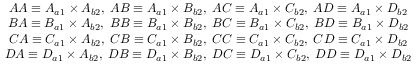
\begin{array} { c c } { A A \equiv A _ { a 1 } \times A _ { b 2 } , \; A B \equiv A _ { a 1 } \times B _ { b 2 } , \; A C \equiv A _ { a 1 } \times C _ { b 2 } , \; A D \equiv A _ { a 1 } \times D _ { b 2 } } \\ { B A \equiv B _ { a 1 } \times A _ { b 2 } , \; B B \equiv B _ { a 1 } \times B _ { b 2 } , \; B C \equiv B _ { a 1 } \times C _ { b 2 } , \; B D \equiv B _ { a 1 } \times D _ { b 2 } } \\ { C A \equiv C _ { a 1 } \times A _ { b 2 } , \; C B \equiv C _ { a 1 } \times B _ { b 2 } , \; C C \equiv C _ { a 1 } \times C _ { b 2 } , \; C D \equiv C _ { a 1 } \times D _ { b 2 } } \\ { D A \equiv D _ { a 1 } \times A _ { b 2 } , \; D B \equiv D _ { a 1 } \times B _ { b 2 } , \; D C \equiv D _ { a 1 } \times C _ { b 2 } , \; D D \equiv D _ { a 1 } \times D _ { b 2 } } \end{array}